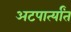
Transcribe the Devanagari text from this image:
अटपार्त्यांत